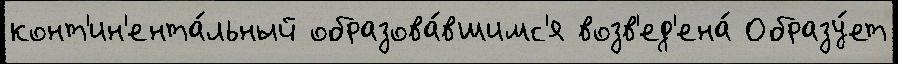
конт'ин'ента́льный образова́вшимс'я возв'ед'ена́ Образу́ет